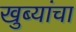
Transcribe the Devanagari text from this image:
खुब्यांचा